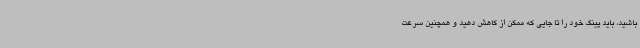
باشید، باید پینگ خود را تا جایی که ممکن از کاهش دهید و همچنین سرعت